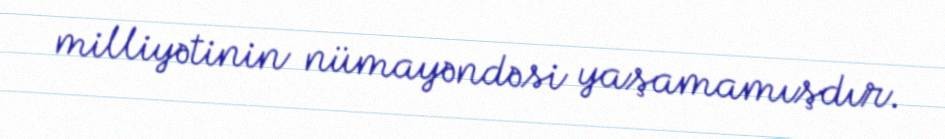
milliyətinin nümayəndəsi yaşamamışdır.